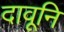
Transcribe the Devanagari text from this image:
दावूनि